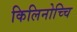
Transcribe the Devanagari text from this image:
किलिनोच्चि